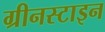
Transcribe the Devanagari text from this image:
ग्रीनस्टाइन